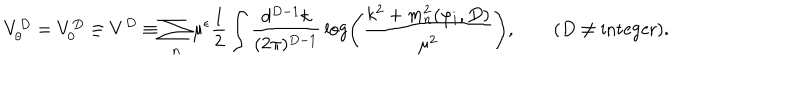
LaTeX: V _ { \theta } ^ { D } = V _ { 0 } ^ { D } \equiv V ^ { D } \equiv \sum _ { n } \mu ^ { \epsilon } { \frac { 1 } { 2 } } \int { \frac { d ^ { D - 1 } k } { ( 2 \pi ) ^ { D - 1 } } } \log \left( { \frac { k ^ { 2 } + m _ { n } ^ { 2 } ( \varphi _ { i } , D ) } { \mu ^ { 2 } } } \right) , \quad \quad ( D \neq \mathrm { i n t e g e r } ) .